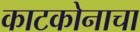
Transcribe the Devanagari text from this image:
काटकोनाचा